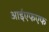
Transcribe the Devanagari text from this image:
आईएफएफ